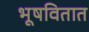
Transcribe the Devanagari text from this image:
भूषवितात